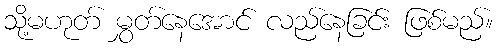
သို့မဟုတ် မွှတ်နေအောင် လည်နေခြင်း ဖြစ်မည်။